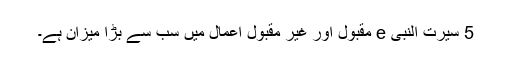
5 سیرت النبی e مقبول اور غیر مقبول اعمال میں سب سے بڑا میزان ہے۔